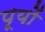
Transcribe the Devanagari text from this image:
पूयों